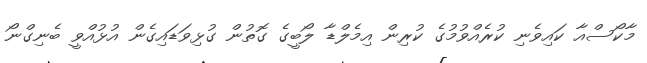
މާކޯސްއާ ކައިވެނި ކުރެއްވުމުގެ ކުރިން އިމެލްޑާ ލޯބީގެ ގޮތުން ގުޅިވަޑައިގެން އުޅުއްވީ ބެނިގްނޯ